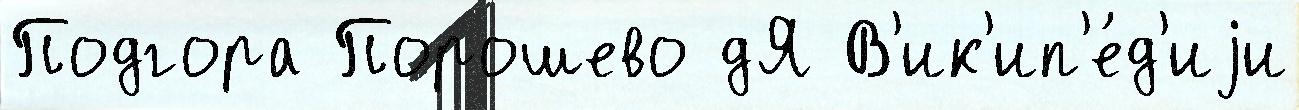
Подгора Порошево дЯ В'ик'ип'е́д'иjи